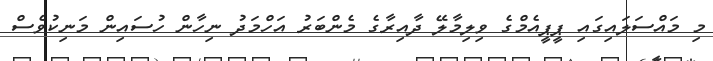
މި މައްސަލައިގައި ޕީޕީއެމްގެ ވިލިމާލޭ ދާއިރާގެ މެންބަރު އަހްމަދު ނިހާން ހުސައިން މަނިކުވެސް